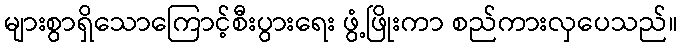
များစွာရှိသောကြောင့်စီးပွားရေး ဖွံ့ဖြိုးကာ စည်ကားလှပေသည်။